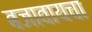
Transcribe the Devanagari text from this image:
बजावायचा